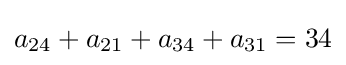
a_{24}+a_{21}+a_{34}+a_{31}=34